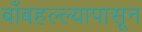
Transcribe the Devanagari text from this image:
बाँबहल्ल्यापासून